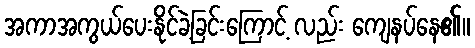
အကာအကွယ်ပေးနိုင်ခဲ့ခြင်းကြောင့် လည်း ကျေနပ်နေ၏။